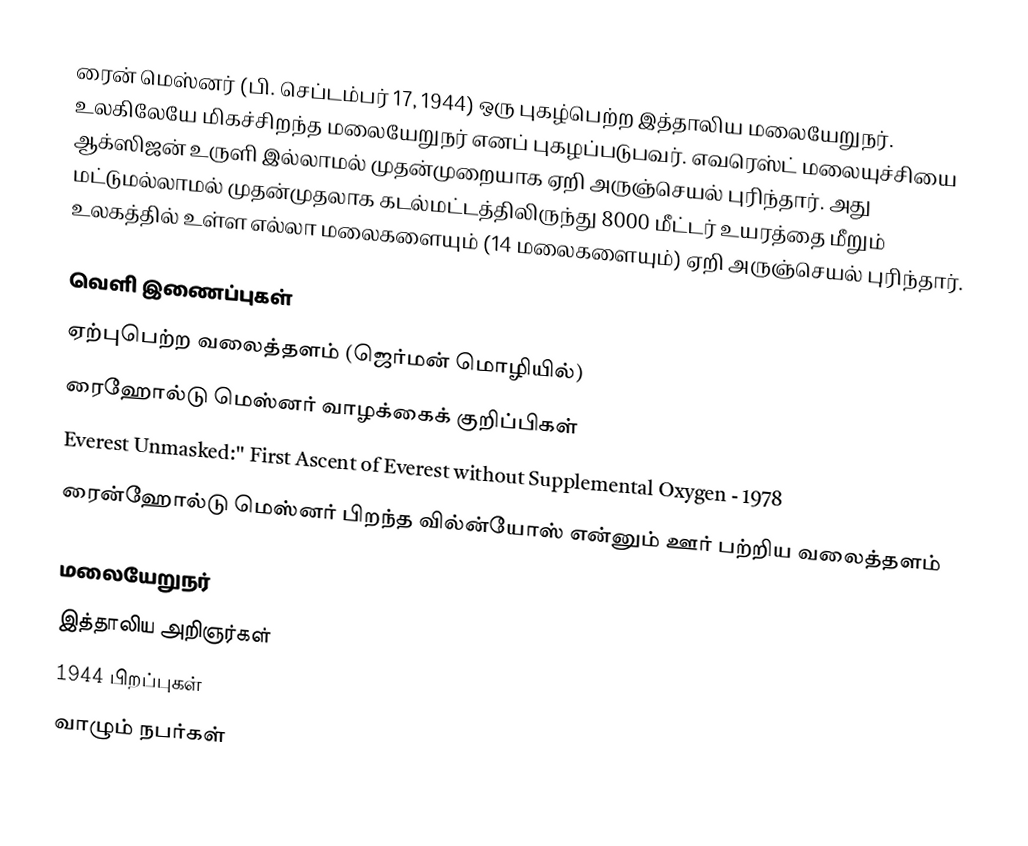
ரைன் மெஸ்னர் (பி. செப்டம்பர் 17, 1944) ஒரு புகழ்பெற்ற இத்தாலிய மலையேறுநர். உலகிலேயே மிகச்சிறந்த மலையேறுநர் எனப் புகழப்படுபவர். எவரெஸ்ட் மலையுச்சியை ஆக்ஸிஜன் உருளி இல்லாமல் முதன்முறையாக ஏறி அருஞ்செயல் புரிந்தார். அது மட்டுமல்லாமல் முதன்முதலாக கடல்மட்டத்திலிருந்து 8000 மீட்டர் உயரத்தை மீறும் உலகத்தில் உள்ள எல்லா மலைகளையும் (14 மலைகளையும்) ஏறி அருஞ்செயல் புரிந்தார்.

வெளி இணைப்புகள்
 ஏற்புபெற்ற வலைத்தளம் (ஜெர்மன் மொழியில்)
 ரைஹோல்டு மெஸ்னர் வாழக்கைக் குறிப்பிகள்
 Everest Unmasked:'' First Ascent of Everest without Supplemental Oxygen - 1978
 ரைன்ஹோல்டு மெஸ்னர் பிறந்த வில்ன்யோஸ் என்னும் ஊர் பற்றிய வலைத்தளம்

மலையேறுநர்
இத்தாலிய அறிஞர்கள்
1944 பிறப்புகள்
வாழும் நபர்கள்